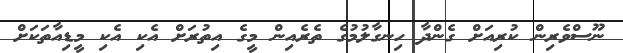
ނޫސްވެރިން ކުރިއަށް ގެންދާ ހިނގާލުމުގެ ތެރެއިން މީގެ އިތުރަށް އެކި އެކި މީޑިއާތަކަށް